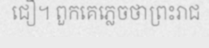
ជឿ។ ពួកគេភ្លេចថាព្រះរាជ